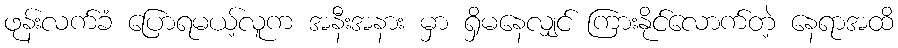
ဖုန်းလက်ခံ ပြောရမယ့်လူက အနီးအနား မှာ ရှိမနေလျှင် ကြားနိုင်လောက်တဲ့ နေရာအထိ